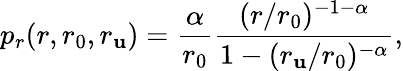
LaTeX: p_{r}(r,r_{0},r_{\mathbf{u}})=\frac{{\alpha}}{{r_{0}}}\frac{{(r/r_{0})^{-1-\alpha}}}{{1-(r_{\mathbf{u}}/r_{0})^{-\alpha}}},